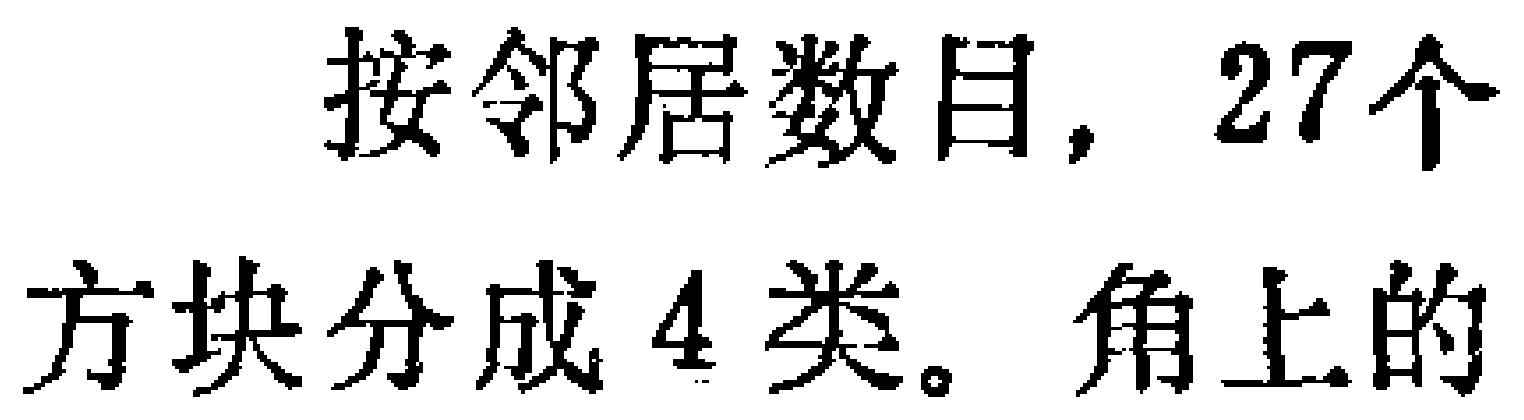
按邻居数目，27个方块分成4类。角上的